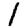
Digit: 1